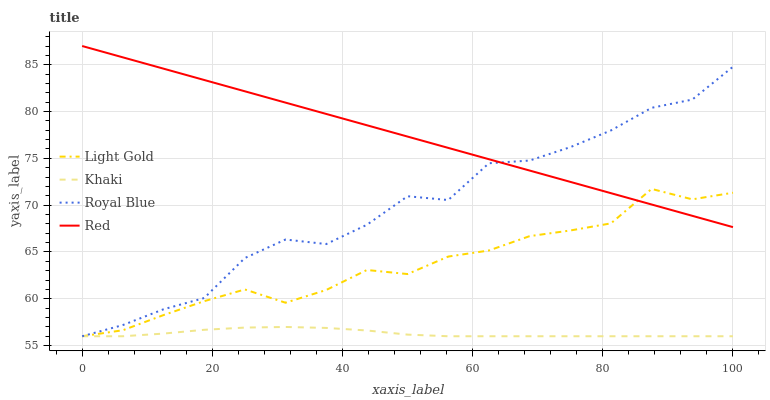
| xaxis_label | Light Gold | Khaki | Royal Blue | Red |
 | --- | --- | --- | --- | --- |
 | 0 | 56 | 56 | 56 | 87 |
 | 6.25 | 56.6 | 56 | 57.2 | 85.8 |
 | 12.5 | 58.3 | 56.3 | 58.9 | 84.6 |
 | 18.8 | 59.7 | 56.7 | 60.1 | 83.4 |
 | 25 | 61 | 56.9 | 64.4 | 82.2 |
 | 31.2 | 59.6 | 57 | 66.3 | 81 |
 | 37.5 | 60.9 | 56.9 | 65.8 | 79.7 |
 | 43.8 | 63.1 | 56.6 | 67.9 | 78.5 |
 | 50 | 62.6 | 56.2 | 71 | 77.3 |
 | 56.2 | 64.5 | 56 | 70.5 | 76.1 |
 | 62.5 | 65.2 | 56 | 74.5 | 74.9 |
 | 68.8 | 66.7 | 56 | 74.8 | 73.7 |
 | 75 | 67.3 | 56 | 76.2 | 72.5 |
 | 81.2 | 68.1 | 56 | 78 | 71.3 |
 | 87.5 | 71.7 | 56 | 80.4 | 70.1 |
 | 93.8 | 70.6 | 56 | 81.3 | 68.9 |
 | 100 | 71.3 | 56 | 84.8 | 67.7 |